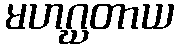
မဟဂ္ဃတာယ